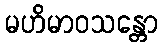
မဟိမာဝသန္တော